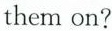
them on?